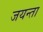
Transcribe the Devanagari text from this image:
जयन्ता